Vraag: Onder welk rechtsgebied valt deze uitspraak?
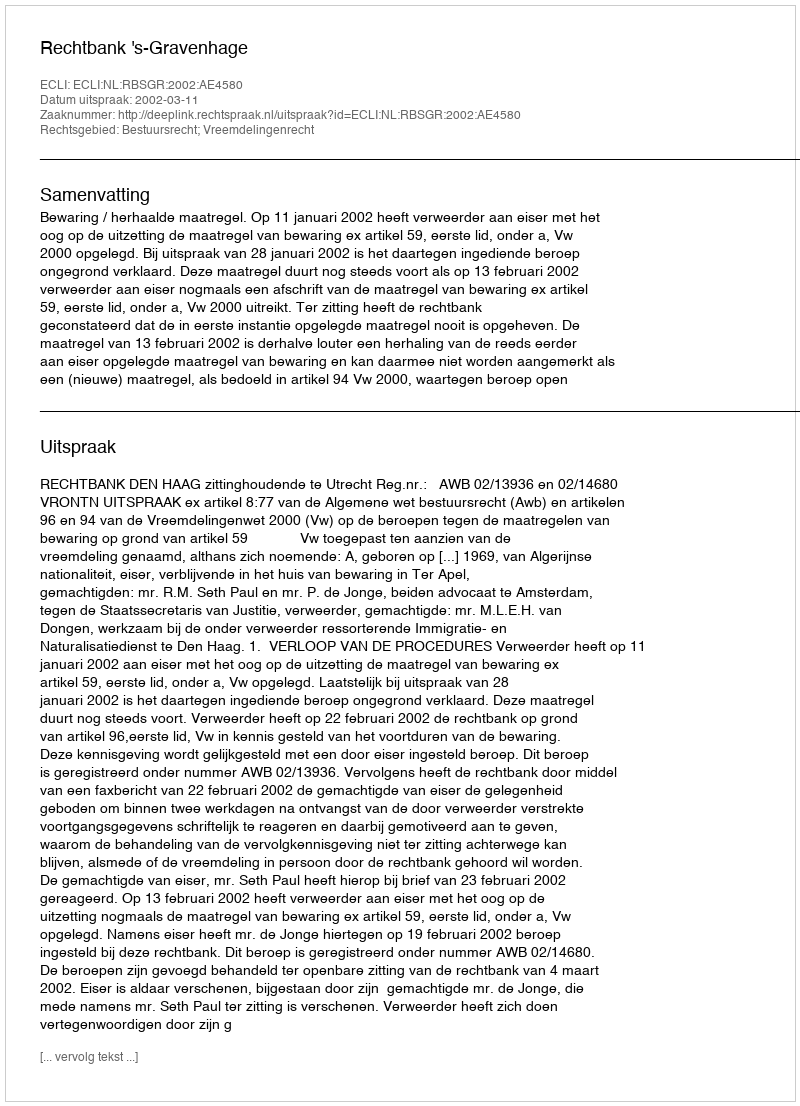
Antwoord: Bestuursrecht; Vreemdelingenrecht